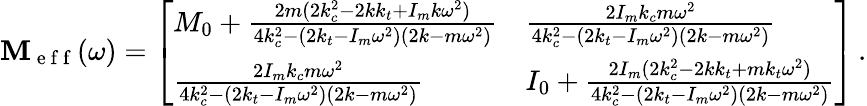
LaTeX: \mathbf{M}_{\mathrm{~e~f~f~}}(\omega)=\left[\begin{array}{ll}{M_{0}+\frac{2m(2k_{c}^{2}-2kk_{t}+I_{m}k\omega^{2})}{4k_{c}^{2}-(2k_{t}-I_{m}\omega^{2})(2k-m\omega^{2})}}&{\frac{2I_{m}k_{c}m\omega^{2}}{4k_{c}^{2}-(2k_{t}-I_{m}\omega^{2})(2k-m\omega^{2})}}\\ {\frac{2I_{m}k_{c}m\omega^{2}}{4k_{c}^{2}-(2k_{t}-I_{m}\omega^{2})(2k-m\omega^{2})}}&{I_{0}+\frac{2I_{m}(2k_{c}^{2}-2kk_{t}+mk_{t}\omega^{2})}{4k_{c}^{2}-(2k_{t}-I_{m}\omega^{2})(2k-m\omega^{2})}}\end{array}\right]\, .